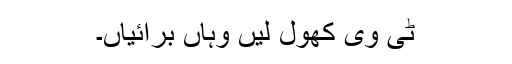
ٹی وی کھول لیں وہاں برائیاں۔